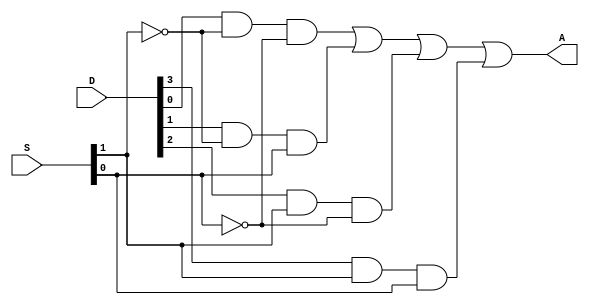
module mux4(input [3:0] D, input [1:0] S , output  A ) ;

assign A = D[0]&~S[1]&~S[0] | D[1]&~S[1]&S[0] | D[2]&S[1]&~S[0] | D[3]&S[1]&S[0] ;


endmodule 


`timescale 1ps/1ps




module mux4_tb;
reg [3:0] d;
reg [1:0] s;
wire a;

mux4 uut(d,s,a);

initial begin

    d=4'b0111;
    s=2'b00;  #10;
    s=2'b01;  #10;
    s=2'b10;  #10;
    s=2'b11;  #10;
end

initial begin

    $monitor("data=%b  s=%b  output=%b\n",d,s,a);

end

    
endmodule